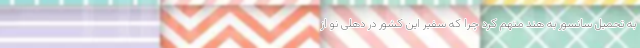
به تحمیل سانسور به هند متهم کرد چرا که سفیر این کشور در دهلی نو از